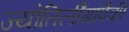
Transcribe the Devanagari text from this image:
ज्योतिर्लींगांपैकी